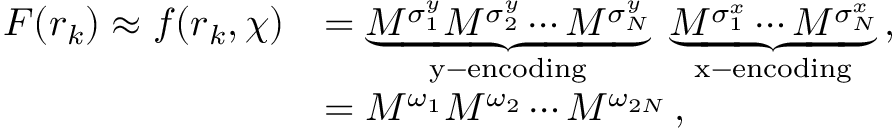
\begin{array} { r l } { F ( \boldsymbol { r } _ { k } ) \approx f ( \boldsymbol { r } _ { k } , \chi ) } & { = \underbrace { M ^ { \sigma _ { 1 } ^ { y } } M ^ { \sigma _ { 2 } ^ { y } } \cdots M ^ { \sigma _ { N } ^ { y } } } _ { \mathrm { y - e n c o d i n g } } \; \underbrace { M ^ { \sigma _ { 1 } ^ { x } } \cdots M ^ { \sigma _ { N } ^ { x } } } _ { \mathrm { x - e n c o d i n g } } \, , } \\ & { = M ^ { \omega _ { 1 } } M ^ { \omega _ { 2 } } \cdots M ^ { \omega _ { 2 N } } \, , } \end{array}